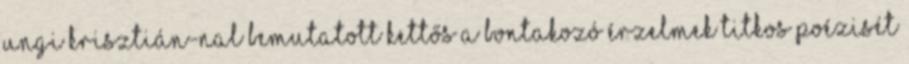
Ungi Krisztián-nal bemutatott kettős a bontakozó érzelmek titkos poézisét